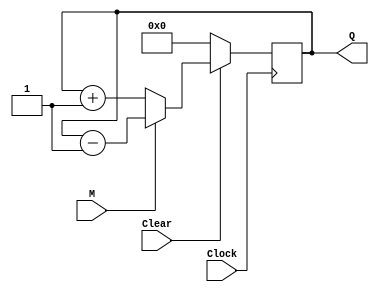
// Module Name:    Up-Down_Counter 

module Up_Down_Counter(Clock,Clear,M,Q);
	input Clock,Clear,M;
	output reg [3:0] Q;
	always @(posedge Clock)
	begin
		if(Clear == 0)
			Q <= 4'b0;
		else
		begin
			if(M == 0)
				Q <= Q + 4'b1;
			else if(M == 1'b1)
				Q <= Q - 4'b1;
		end
	end
endmodule